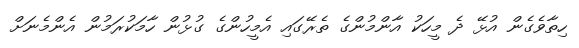
ހިތާވެގެން އުޅޭ ދެ މީހަކު އާންމުންގެ ތެރޭގައި އެމީހުންގެ ގުޅުން ހާމަކުރަމުން އެންމެނަށް